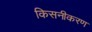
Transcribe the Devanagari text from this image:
किसनीकरण